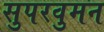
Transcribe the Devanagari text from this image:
सुपरवुमन